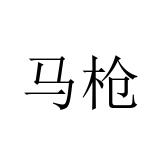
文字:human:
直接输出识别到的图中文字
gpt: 马枪